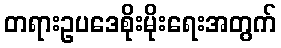
တရားဥပဒေစိုးမိုးရေးအတွက်